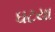
ઘટયા